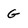
Character: g